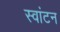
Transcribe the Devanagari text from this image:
स्वांटन